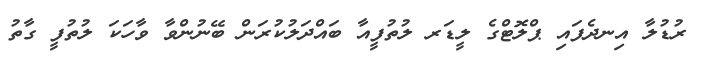
ރުޑުލާ އިނދެފައި ޕްލޮޓްގެ ލީޑަރ ލުތުފީއާ ބައްދަލުކުރަން ބޭނުންވާ ވާހަކަ ލުތުފީ ގާތު